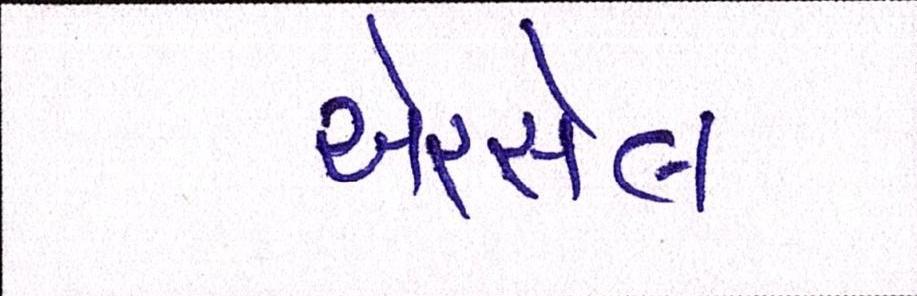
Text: એરસેલ